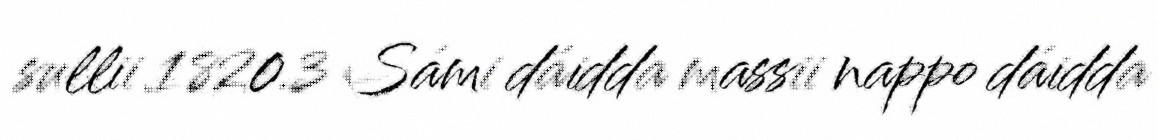
sullii 1820.3 Sámi dáidda massii nappo dáidda